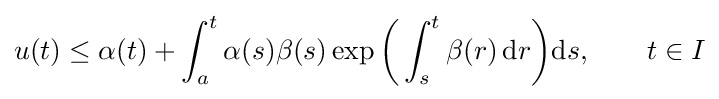
u(t)\leq \alpha (t)+\int _{a}^{t}\alpha (s)\beta (s)\exp {\biggl (}\int _{s}^{t}\beta (r)\,\mathrm {d} r{\biggr )}\mathrm {d} s,\qquad t\in I